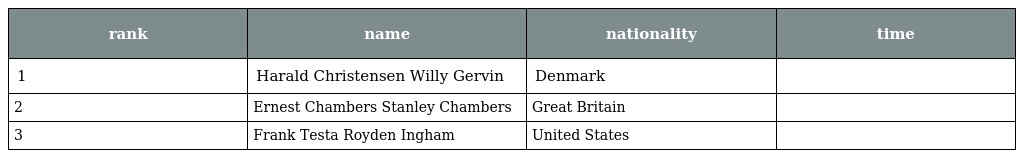
| rank | name | nationality | time |
 | --- | --- | --- | --- |
 | 1 | Harald Christensen Willy Gervin | Denmark |  |
 | 2 | Ernest Chambers Stanley Chambers | Great Britain |  |
 | 3 | Frank Testa Royden Ingham | United States |  |